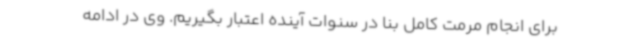
برای انجام مرمت کامل بنا در سنوات آینده اعتبار بگیریم. وی در ادامه